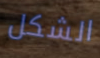
الشكل